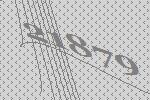
21879